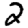
Digit: 2